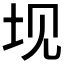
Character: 𰉚